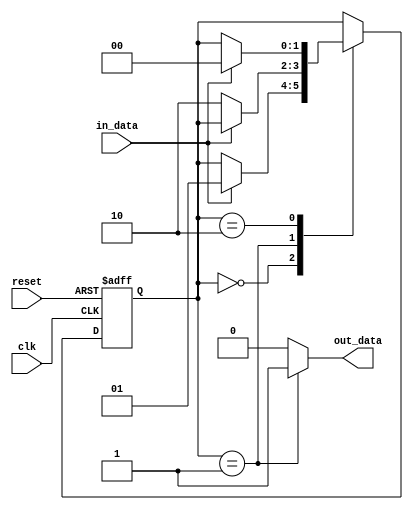
module mealy_state_machine (
    input clk,
    input reset,
    input in_data,
    output reg out_data
);

// Define states
parameter S0 = 2'b00;
parameter S1 = 2'b01;
parameter S2 = 2'b10;

// State memory
reg [1:0] state, next_state;

// Outputs
reg out_data_reg;

always @(posedge clk or posedge reset) begin
    if (reset) begin
        state <= S0;
    end else begin
        state <= next_state;
    end
end

// State transitions and logic
always @* begin
    next_state = state;
    out_data_reg = 0;

    case (state)
        S0: begin
            if (in_data) begin
                next_state = S1;
            end
        end
        S1: begin
            if (~in_data) begin
                next_state = S2;
            end
            out_data_reg = 1;
        end
        S2: begin
            if (in_data) begin
                next_state = S0;
            end
        end
    endcase
end

assign out_data = out_data_reg;

endmodule